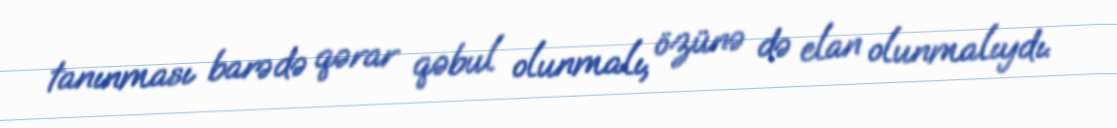
tanınması barədə qərar qəbul olunmalı, özünə də elan olunmalıydı.